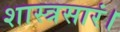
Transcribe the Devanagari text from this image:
शास्त्रसारं।